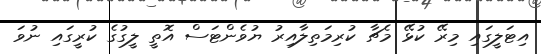
އިޓަލީގައި މިރޭ ކުޅޭ މެޗާ ކުރިމަތިލާއިރު ޔުވެންޓަސް އޮތީ ލީގުގެ ކުރީގައި ނުވަ